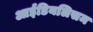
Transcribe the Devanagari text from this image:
आईडियलिसम